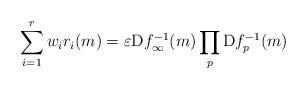
LaTeX: \begin{align*}\sum_{i=1}^r w_ir_i(m)=\varepsilon \mathrm{D}f_\infty^{-1}(m)\prod_{p}\mathrm{D}f_p^{-1}(m)\end{align*}